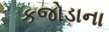
કજોડાના